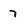
Character: 7